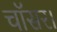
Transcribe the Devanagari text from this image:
चॉसर।